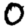
Digit: 0